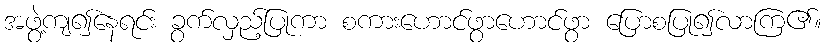
အဖွဲ့ကျ၍နေရင်း ခွက်လှည့်ပြုကာ စကားဟောင်ဖွာဟောင်ဖွာ ပြောစပြု၍လာကြ၏။